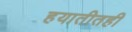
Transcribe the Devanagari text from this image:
हयातीतही